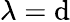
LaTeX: \lambda=\mathrm{d}